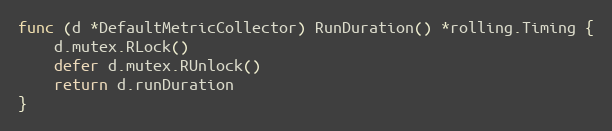
Language: Go
func (d *DefaultMetricCollector) RunDuration() *rolling.Timing {
	d.mutex.RLock()
	defer d.mutex.RUnlock()
	return d.runDuration
}